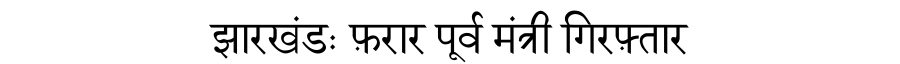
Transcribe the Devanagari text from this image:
झारखंडः फ़रार पूर्व मंत्री गिरफ़्तार